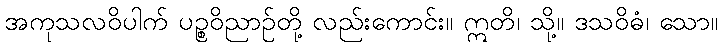
အကုသလဝိပါက် ပဉ္စဝိညာဉ်တို့ လည်းကောင်း။ ဣတိ၊ သို့။ ဒသဝိဓံ၊ သော။